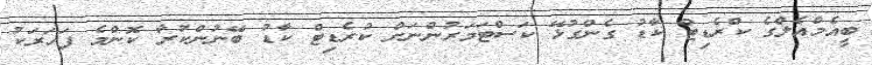
ބީއެމްއެލްގެ ކްރެޑިޓް ކާޑު ގެންގުޅޭ ކަސްޓަމަރުންނަށް ކުރެޑިޓް ކާޑު ބޭނުންކުރާ ކޮންމެ ފަހަރަކު